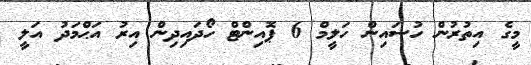
މީގެ އިތުރުން ހުސައިން ހަލީމް 6 ޕޮއިންޓް ހޯދައިދިން އިރު އަޙްމަދު އަލީ